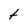
Character: t